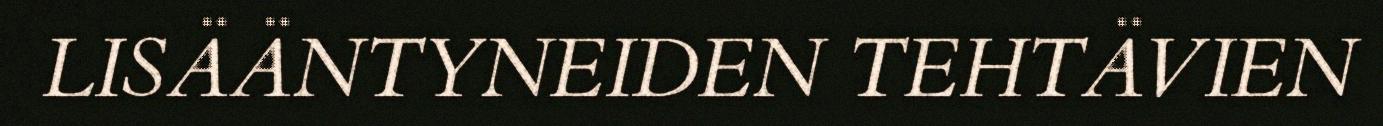
LISÄÄNTYNEIDEN TEHTÄVIEN